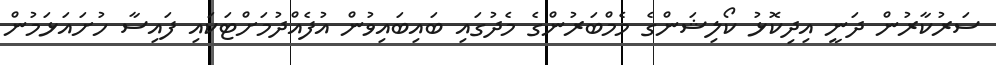
ސަރުކާރުން ދަނީ އިދިކޮޅު ކޯލިޝަންގެ މެމްބަރުންގެ މެދުގައި ބައިބައިވުން އުފެއްދުމަށްޓަކައި ފައިސާ ހުށައަޅަމުން